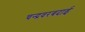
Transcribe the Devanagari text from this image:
चन्द्रवरबदाई